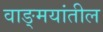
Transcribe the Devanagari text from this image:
वाङ्‍मयांतील